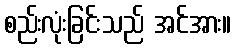
စည်းလုံးခြင်းသည် အင်အား။